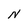
Character: N